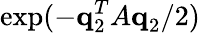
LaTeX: \exp(-\textbf{q}_{2}^{T}A\textbf{q}_{2}/2)